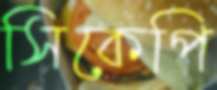
সিকেপি